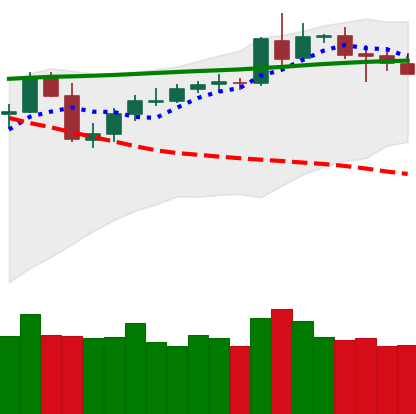
Ticker: BNB-USD
Chart end date: 2020-05-06
Forward return: -9.362%
Label: down_7plus